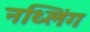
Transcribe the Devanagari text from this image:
नथ्लिंग